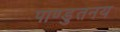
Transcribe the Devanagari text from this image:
पाण्डुतनय